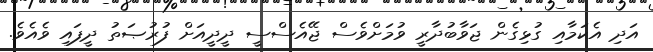
އަދި އެކަމާއި ގުޅިގެން ޖަވާބުދާރީ ވުމަށްވެސް ޖޭއެސްސީ ދީދީއަށް ފުރުޞަތު ދީފައި ވެއެވެ.